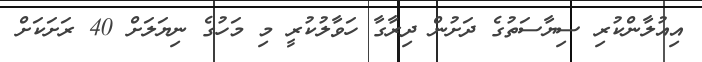
އިއުލާންކުރި ސިޔާސަތުގެ ދަށުން ދިރާގާ ހަވާލުކުރީ މި މަހުގެ ނިޔަލަށް 40 ރަށަކަށް